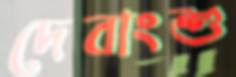
দেবাংশু